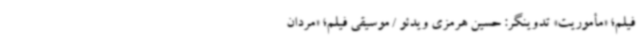
فیلم؛ «مأموریت» تدوینگر:‌ حسین هرمزی ویدئو / موسیقی فیلم؛ «مردان